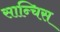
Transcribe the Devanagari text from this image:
सान्चिस